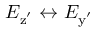
E _ { \mathrm { z ^ { ' } } } \leftrightarrow E _ { \mathrm { y ^ { ' } } }